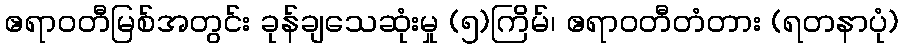
ဧရာဝတီမြစ်အတွင်း ခုန်ချသေဆုံးမှု (၅)ကြိမ်၊ ဧရာဝတီတံတား (ရတနာပုံ)